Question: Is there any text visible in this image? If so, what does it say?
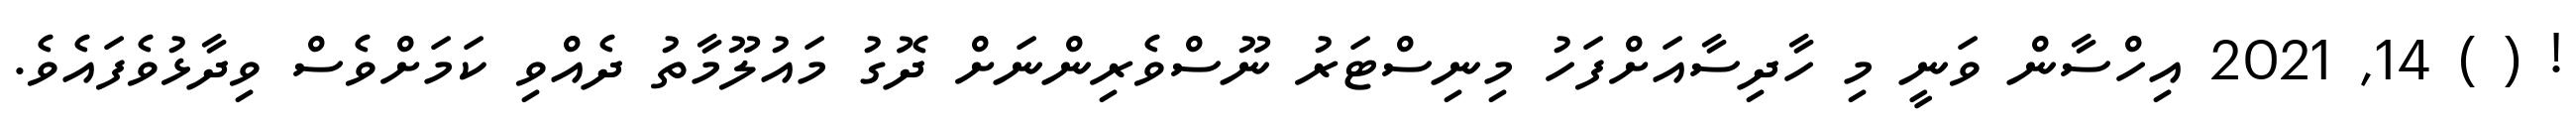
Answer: ! ( ) 14, 2021 އިހްސާން ވަނީ މި ހާދިސާއަށްފަހު މިނިސްޓަރު ނޫސްވެރިންނަށް ދޮގު މައުލޫމާތު ދެއްވި ކަމަށްވެސް ވިދާޅުވެފައެވެ.